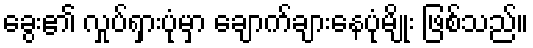
ခွေး၏ လှုပ်ရှားပုံမှာ ချောက်ချားနေပုံမျိုး ဖြစ်သည်။